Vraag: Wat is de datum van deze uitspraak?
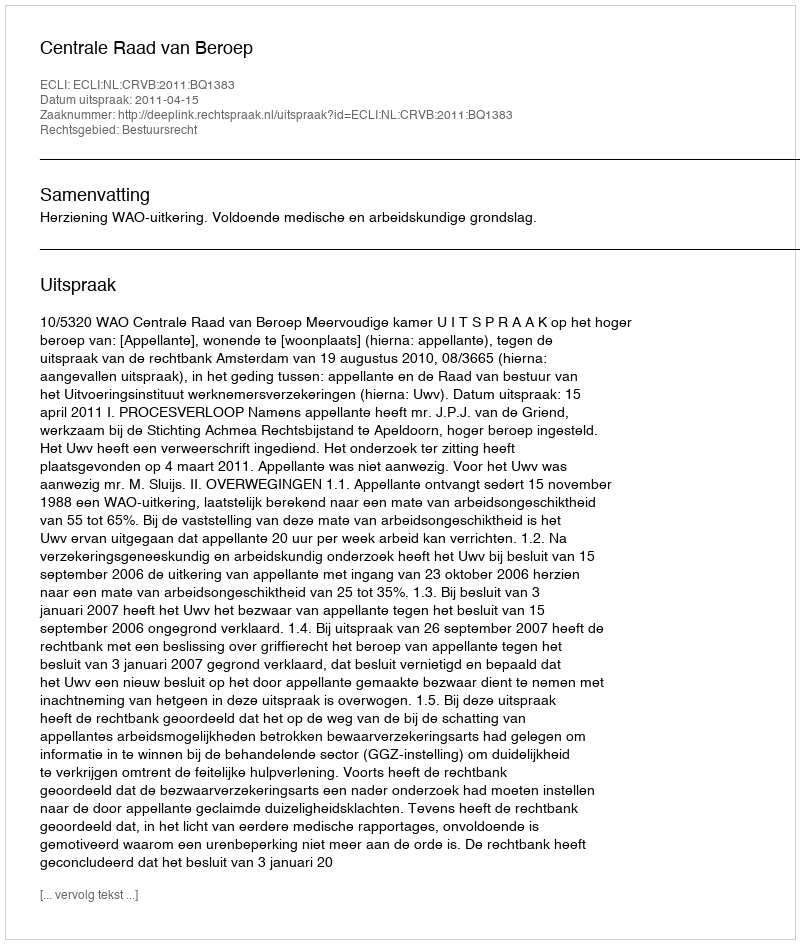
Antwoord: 2011-04-15